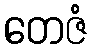
တေဇံ